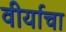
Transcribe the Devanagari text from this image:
वीर्याचा